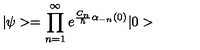
| \psi > = \prod _ { n = 1 } ^ { \infty } e ^ { { \frac { C _ { n } } { \hbar } } \alpha _ { - n } ( 0 ) } | 0 >